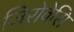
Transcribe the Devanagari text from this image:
जिरोवेसि